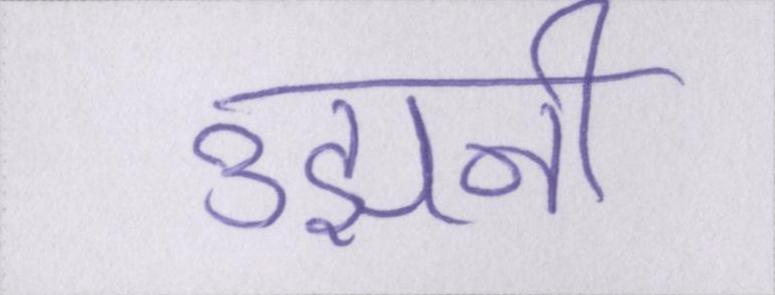
उझानी